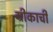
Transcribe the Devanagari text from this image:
ग्रीकाची